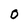
Character: 0